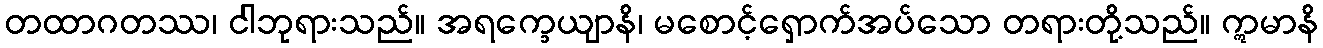
တထာဂတဿ၊ ငါဘုရားသည်။ အရက္ခေယျာနိ၊ မစောင့်ရှောက်အပ်သော တရားတို့သည်။ ဣမာနိ